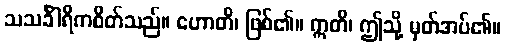
သသင်္ခါရိကစိတ်သည်။ ဟောတိ၊ ဖြစ်၏။ ဣတိ၊ ဤသို့ မှတ်အပ်၏။